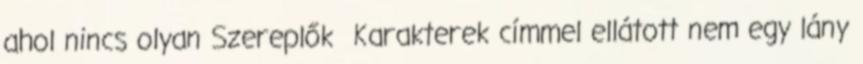
ahol nincs olyan Szereplők Karakterek címmel ellátott nem egy lány